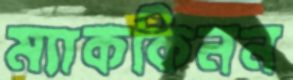
ম্যাককিনন